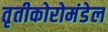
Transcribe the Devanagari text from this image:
तृतीकोरोमंडेल